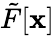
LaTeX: \tilde{F}[\mathbf{x}]